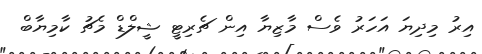
އިރު މިދިޔަ އަހަރު ވެސް މާޒިޔާ އިން ޗެރިޓީ ޝީލްޑް މެޗު ކާމިޔާބް